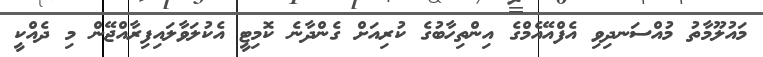
މައުލޫމާތު މުއްސަނދިވި އެފްއޭއެމްގެ އިންތިހާބުގެ ކުރިއަށް ގެންދާނެ ކޮމިޓީ އެކުލަވާލައިފިރާއްޖޭން މި ދެއްކީ